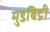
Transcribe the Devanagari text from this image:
मुडबिद्री